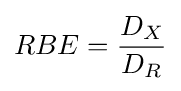
RBE={\frac {D_{X}}{D_{R}}}